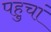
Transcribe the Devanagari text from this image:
पहुचां